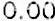
0.00